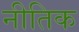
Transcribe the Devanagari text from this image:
नीतिक